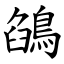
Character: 鵮